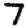
Digit: 7